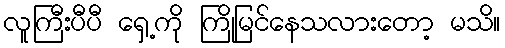
လူကြီးပီပီ ရှေ့ကို ကြိုမြင်နေသလားတော့ မသိ။